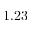
1 . 2 3